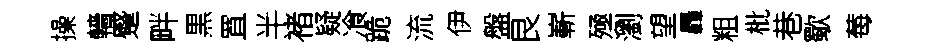
操轖蹙畔黒罝半褚疑飡跪流伊盤艮嶄殛瀏望轟粗枇巷歜莓